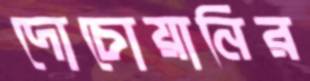
দোচোয়ানির